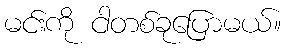
မင်းကို ငါတစ်ခုပြောမယ်။